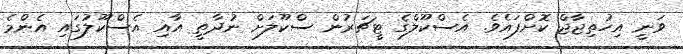
ވަނީ އިހުތިޖާޖް ކޮށްފައެވެ. އެސްކޫލްގެ ޓީޗަރުން ސްކޫލަށް ނުދާތީ އާއި އެސްކޫލުގައި އެންމެ